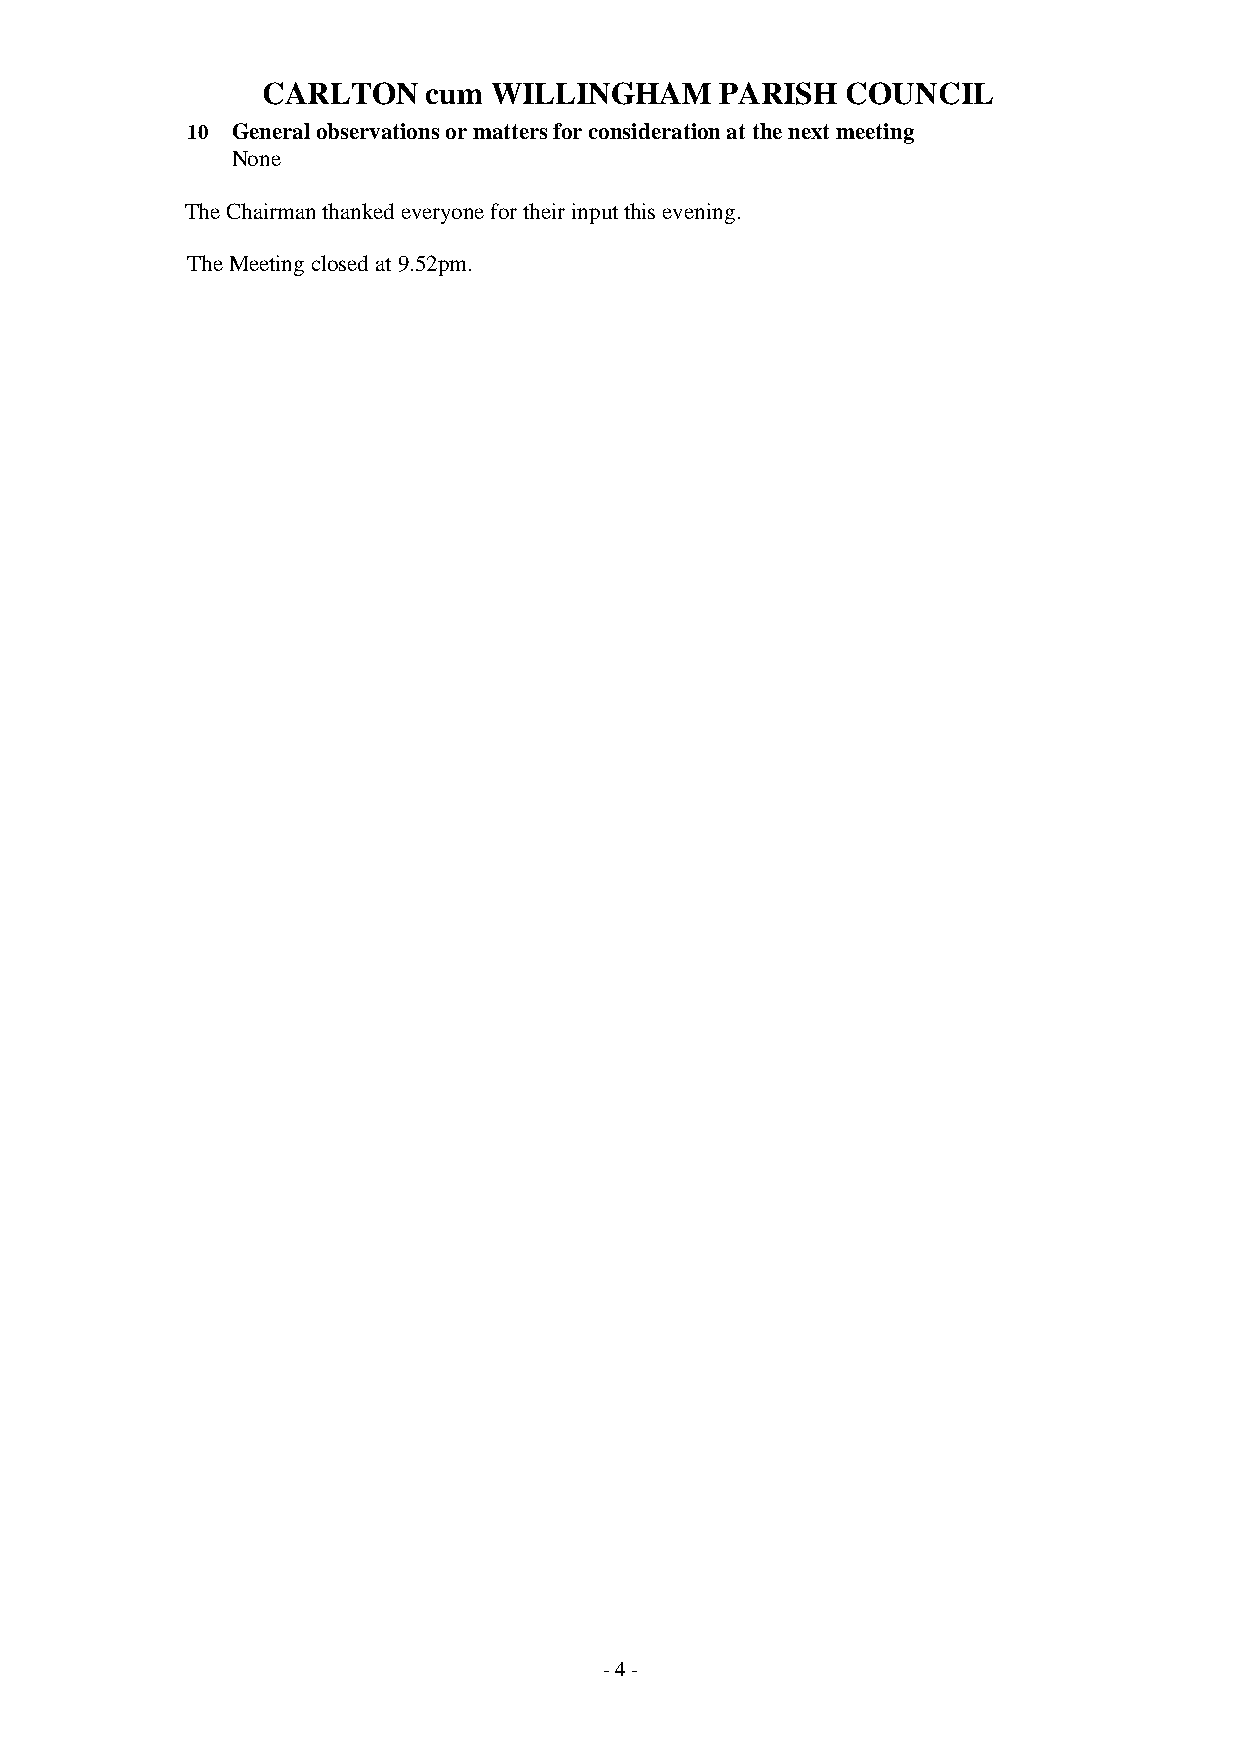
CARLTON    cum  WILLINGHAM     PARISH  COUNCIL
 10 General observations or matters for consideration at the next meeting
 None
 The Chairman thanked everyone for their input this evening.
 The Meeting closed at 9.52pm.
 - 4 -